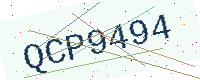
Text: QCP9494